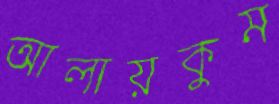
আলায়কুম